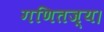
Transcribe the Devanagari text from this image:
गणितज्य।